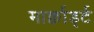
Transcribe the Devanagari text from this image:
मार्क्वार्ड्ट